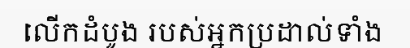
លើកដំបូង របស់អ្នកប្រដាល់ទាំង